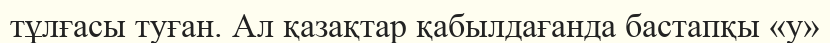
тұлғасы туған. Ал қазақтар қабылдағанда бастапқы «у»